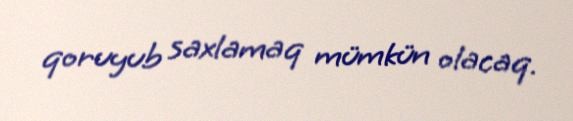
qoruyub saxlamaq mümkün olacaq.